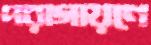
পরাগায়ণে